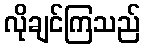
လိုချင်ကြသည်